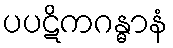
ပပဋိကဂန္ဓာနံ